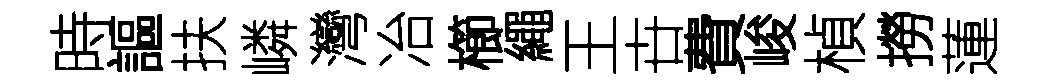
時謳扶嶙灣冶櫛繩王卋費峻楨撈蓮